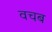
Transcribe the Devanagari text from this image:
वचब